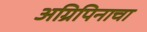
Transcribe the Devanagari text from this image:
अग्रिपिनाचा